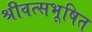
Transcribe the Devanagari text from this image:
श्रीवत्सभूषित